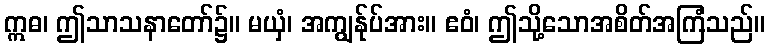
ဣဓ၊ ဤသာသနာတော်၌။ မယှံ၊ အကျွန်ုပ်အား။ ဧဝံ၊ ဤသို့သောအစိတ်အကြံသည်။